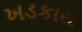
ખડકાય